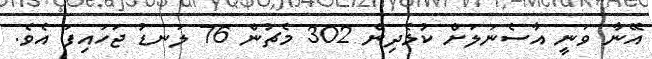
އޭނާ ވަނީ އާސެނަލަށް ކުޅެދިން 302 މެޗުން 76 ލަނޑު ޖަހައިފަ އެވެ.